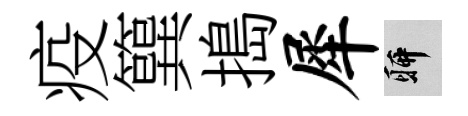
疫簨搗犀聊